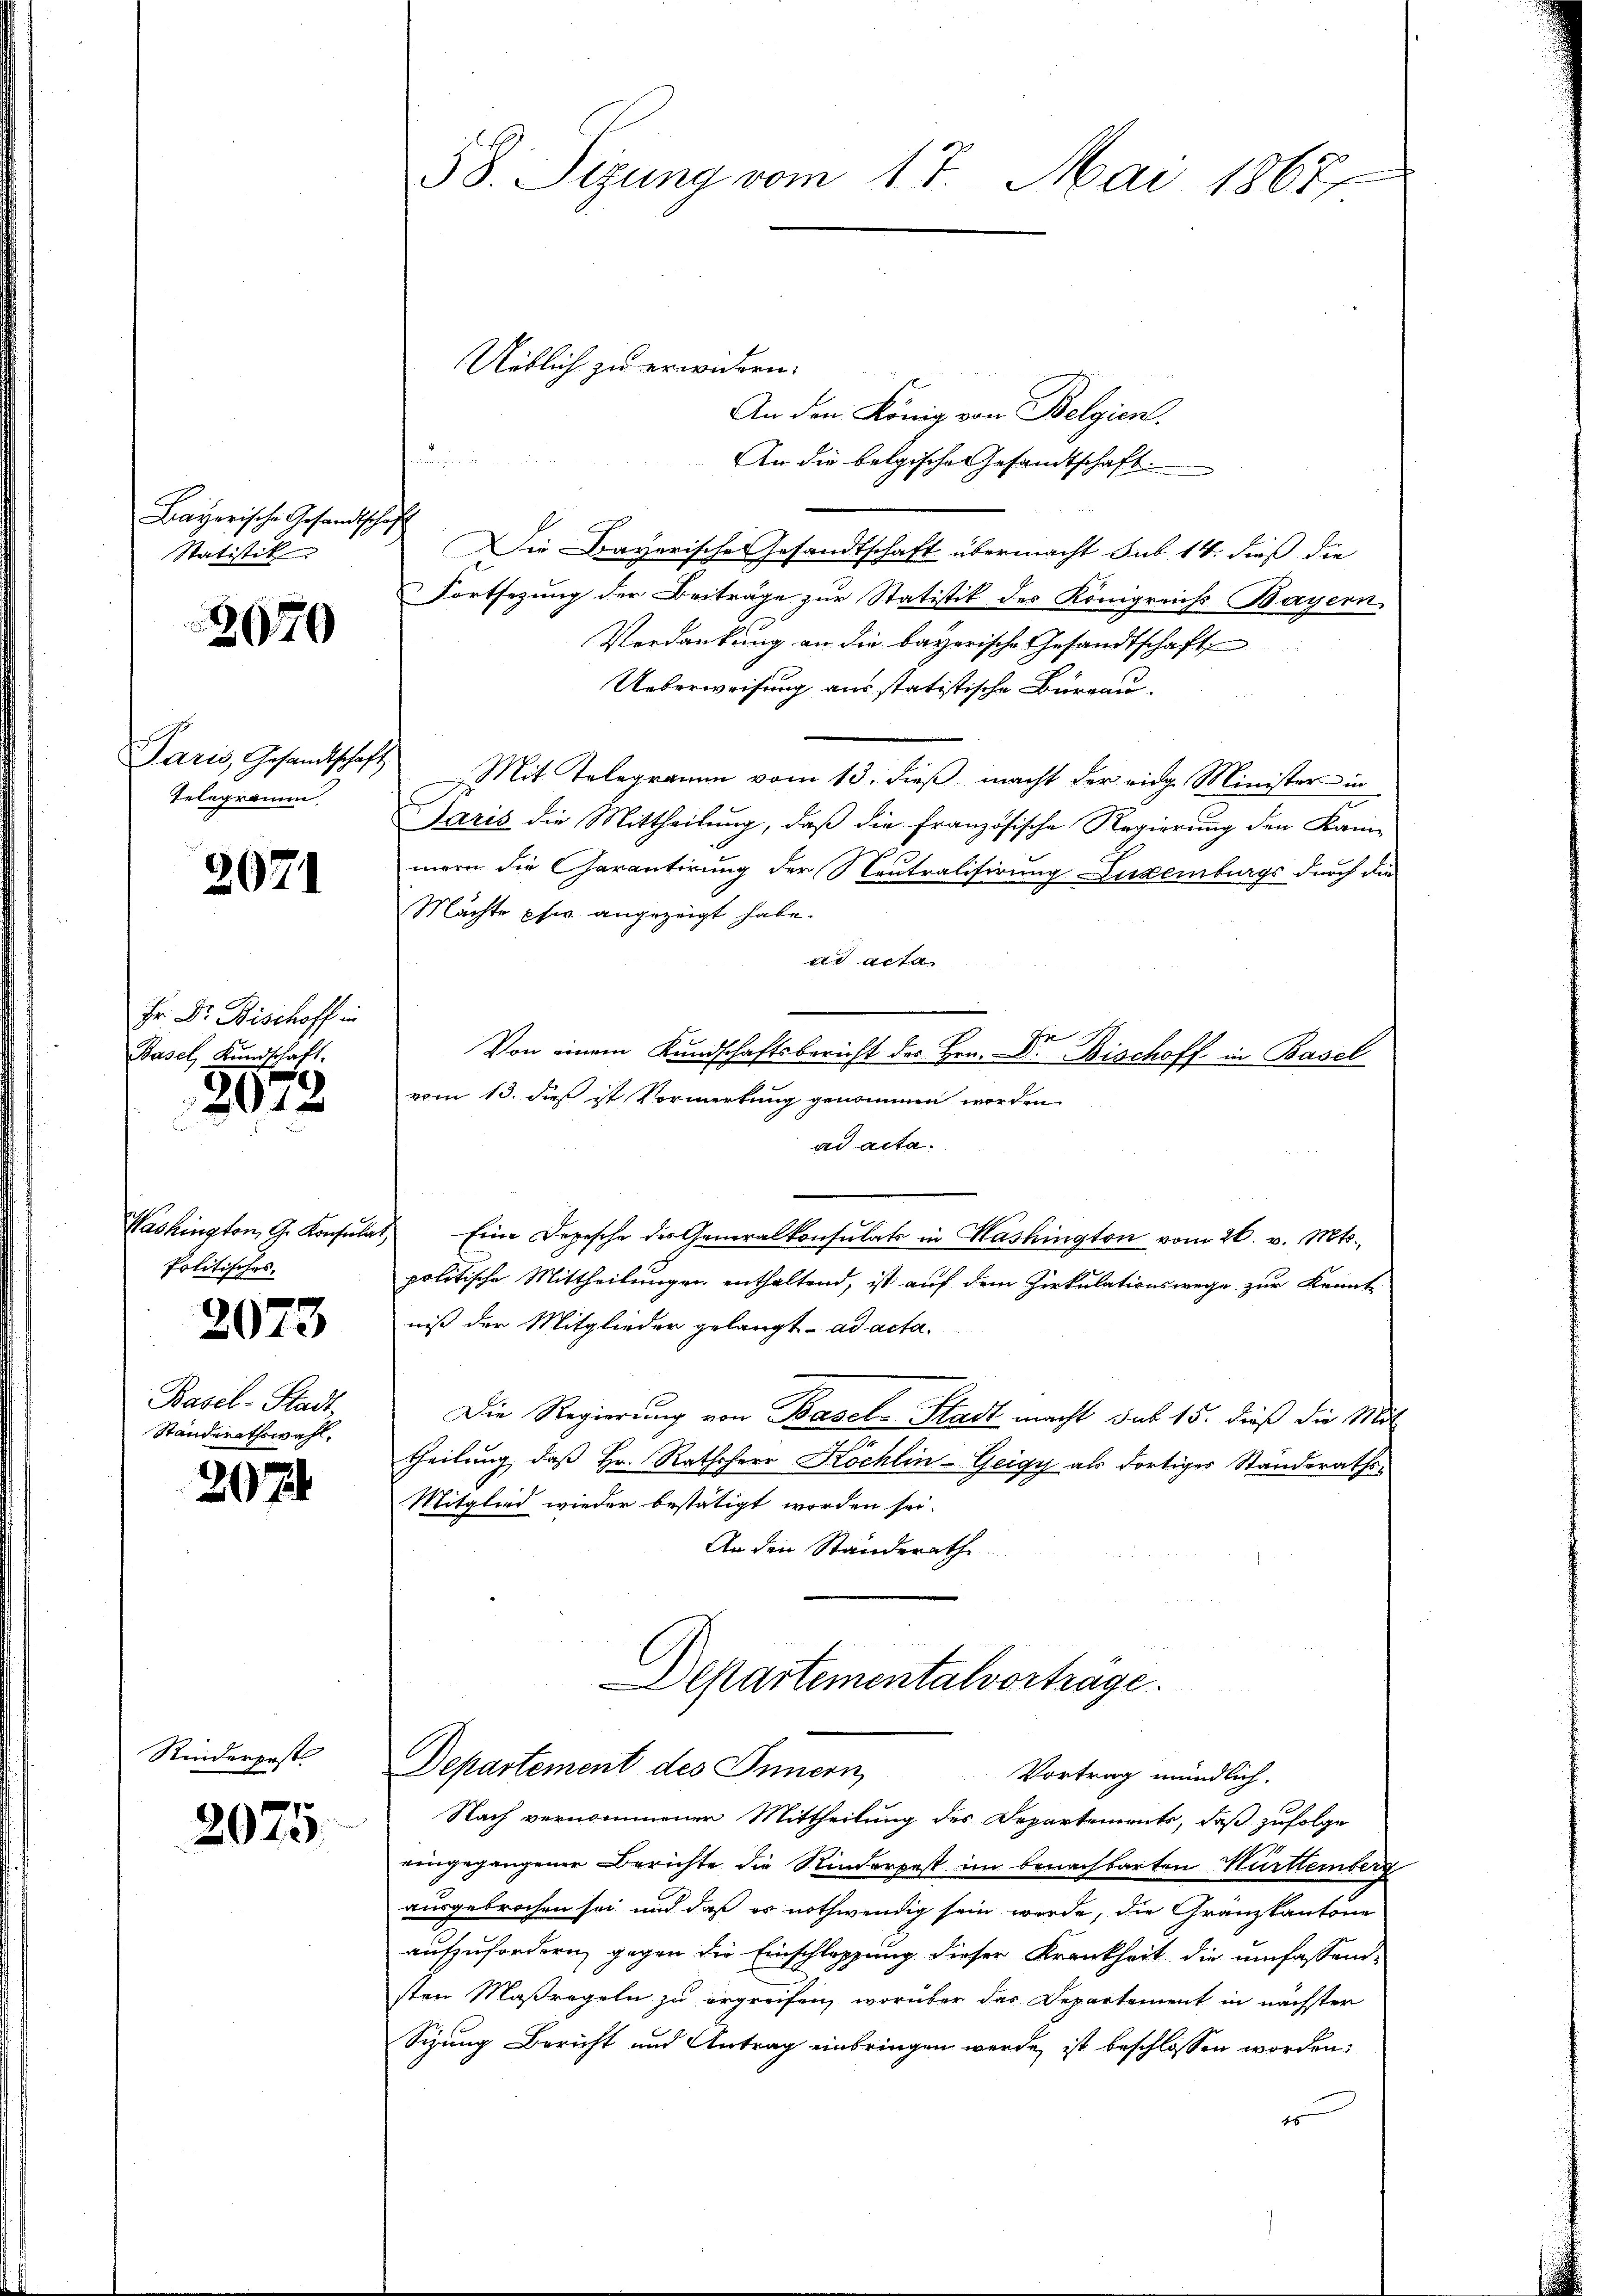
Bayerische Gesandtsch
Statistik

2670

Paris, Gesandtschaft
Telegramm

2071

Hr. Dr. Bischoff in
Basel, Kundschaft.

2078

Washington, Gr. Konsula
Politisches.

2073

Basel-Stadt,
Standerathswahl,

2074

Rinderpest

2075

58. Sizung vom 17. Mai 1867

An den König von Belgien.

An die belgisches Gesandtschaft.
Die Frayerische Gesandtschaft übermacht sub 14. dieß die
Fortsezung der Beiträge zur Statistik des Königreichs-Bayern,
Verdankung an die bayerische Gesandtschaft
Ueberweisung aus statistische Burgau-
Mit Telegramm vom 13. dieβ macht der eige Minister in
Paris die Mittheilung, daß die französische Regierung den Kanmern die Garantirung der Neutralisirung Luxenburgs durch die
Mächte pfw. angezeigt habe.
ad acta
Von einem Kundschaftsbericht des Hrn. Dr. Bischoff in Basel
vom 13. dieß ist Vormerkung genommen worden
ad acta.
Eine Depesche des Generalkonsulats in Washington vom 26. v. Mts.,
politische Mittheilungen enthaltend, ist auf dem Zirkulationswege zur Kennt
niß der Mitglieder gelangt ad acta.
Die Regierung von Basel-Stadt macht das 15. dieß die Mit
theilung, daß Hr. Rathsherr Köchlin-Geigy als dortiges Standeraths-
Mitglied wieder bestätigt worden sei.
An den Standerath
Departementalvortrage.

Uetlich zu erwahren.

Departement des Innern,
Vortrag mündlich.
Nach vernommenen Mittheilung des Departements, daß zufolge

eingegangener Berichte die Rinderpost im benachbarten Württemberg
ausgebrochen sei und daß es nothwendig sein werde, die Granzkantone
aufzufordern, gegen die Einschleppung dieser Krankheit die umfassendsten Maßregeln zu ergreifen, worüber das Departement in nächster
Sizung Bericht und Antrag einbringen werde, ist beschlossen worden,
1